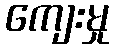
ကျေးမှု